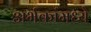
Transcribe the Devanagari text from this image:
अर्भकांमध्ये